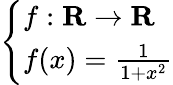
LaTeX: \left\{ \begin{array}{ll}{f:\mathbf{R}\to\mathbf{R}}\\ {f(x)={\frac{1}{1+x^{2}}}}\end{array}\right.